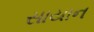
સાયાન